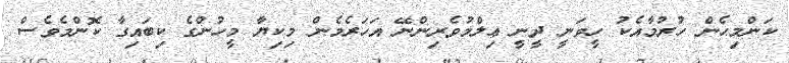
ކަންމިހެން ހުރުމާއެކު ހީވަނީ ދީނީ ޢިލްމުވެރިންނޭ އަހަރެމެން މިކިޔާ މީހުންގެ ކިބައިގާ ކޮންމެވެސް